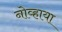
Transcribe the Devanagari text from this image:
नोव्हाया